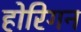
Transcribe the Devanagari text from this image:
होरिगन